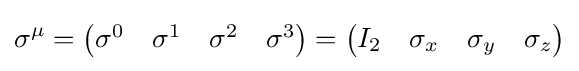
\sigma ^{\mu }={\begin{pmatrix}\sigma ^{0}&\sigma ^{1}&\sigma ^{2}&\sigma ^{3}\end{pmatrix}}={\begin{pmatrix}I_{2}&\sigma _{x}&\sigma _{y}&\sigma _{z}\end{pmatrix}}